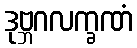
ဒုဗ္ဘဂလက္ခဏံ